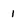
Character: 1